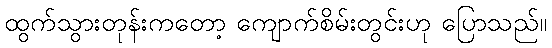
ထွက်သွားတုန်းကတော့ ကျောက်စိမ်းတွင်းဟု ပြောသည်။